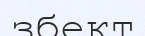
збект